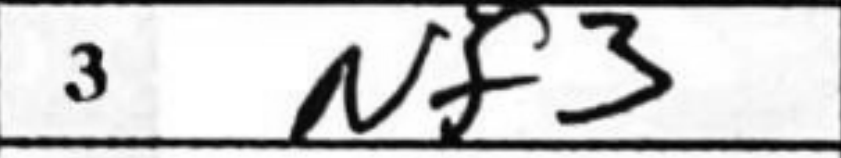
Transcription: Nf3